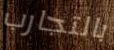
بالتجارب